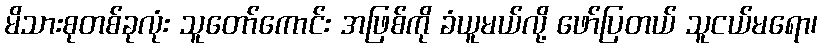
မိသားစုတစ်ခုလုံး သူတော်ကောင်း အဖြစ်ကို ခံယူမယ်လို့ ဖော်ပြတယ် သူငယ်မရော၊